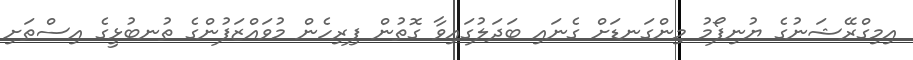
އިމިގްރޭޝަނުގެ ޔުނިފޯމު މިންގަނޑަށް ގެނައި ބަދަލުގައިވާ ގޮތުން ފިރިހެން މުވައްޒަފުންގެ ތުނބުޅީގެ އިސްތަށި